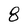
Character: 8